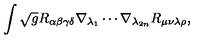
\int \sqrt { g } R _ { \alpha \beta \gamma \delta } \nabla _ { \lambda _ { 1 } } \cdots \nabla _ { \lambda _ { 2 n } } R _ { \mu \nu \lambda \rho } ,